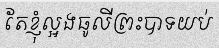
តែខ្ញុំល្អងធូលីព្រះបាទយប់